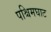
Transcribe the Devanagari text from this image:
पश्चिमघाट